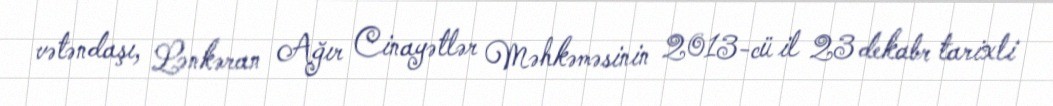
vətəndaşı, Lənkəran Ağır Cinayətlər Məhkəməsinin 2013-cü il 23 dekabr tarixli